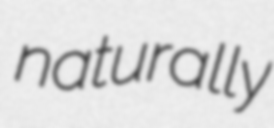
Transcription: naturally